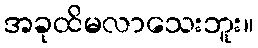
အခုထိမလာသေးဘူး။